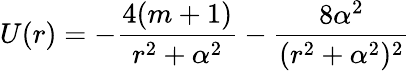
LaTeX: U(r)=-{\frac{4(m+1)}{r^{2}+\alpha^{2}}}-{\frac{8\alpha^{2}}{(r^{2}+\alpha^{2})^{2}}}